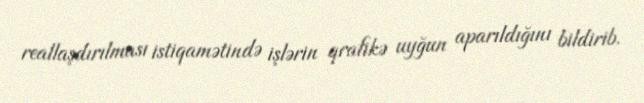
reallaşdırılması istiqamətində işlərin qrafikə uyğun aparıldığını bildirib.